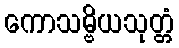
ကောသမ္ဗိယသုတ္တံ